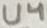
Text: U4